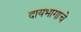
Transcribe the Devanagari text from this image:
दायभागाचे